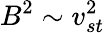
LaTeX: B^{2}\sim v_{st}^{2}